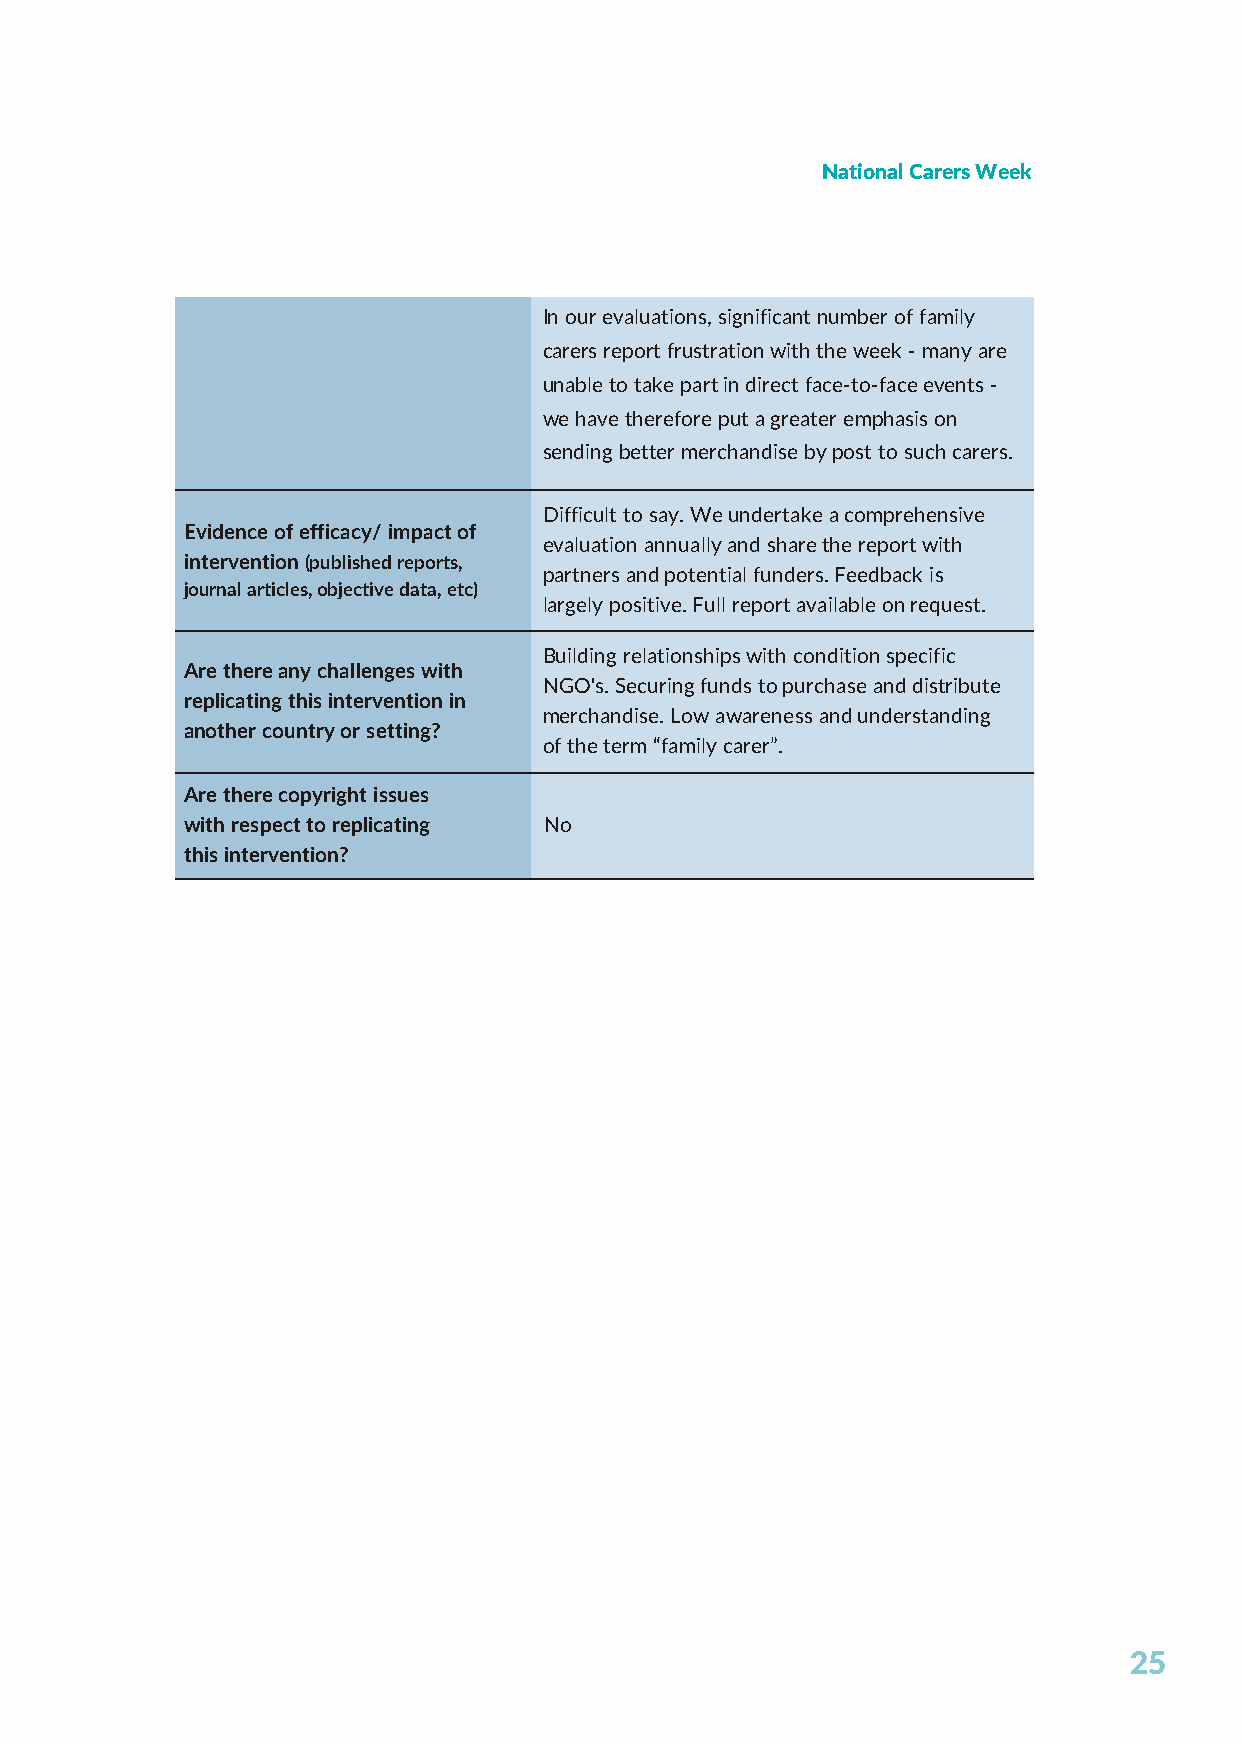
National Carers Week
 In our evaluations, significant number of family
 carers report frustration with the week - many are
 unable to take part in direct face-to-face events -
 we have therefore put a greater emphasis on
 sending better merchandise by post to such carers.
 Difficult to say. We undertake a comprehensive
 Evidence of efficacy/ impact of
 evaluation annually and share the report with
 intervention (published reports,
 partners and potential funders. Feedback is
 journal articles, objective data, etc)
 largely positive. Full report available on request.
 Building relationships with condition specific
 Are there any challenges with
 NGO's. Securing funds to purchase and distribute
 replicating this intervention in
 merchandise. Low awareness and understanding
 another country or setting?
 of the term “family carer”.
 Are there copyright issues
 with respect to replicating No
 this intervention?
 25